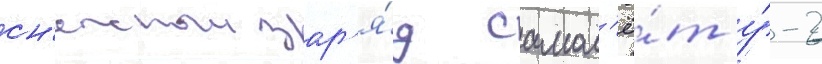
сн'ежныи зар'я́д самол'ё́т у́-2